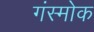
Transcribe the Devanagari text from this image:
गंस्मोक